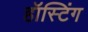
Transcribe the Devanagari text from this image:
हॉस्टिंग